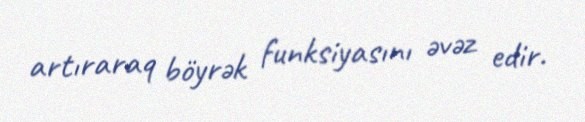
artıraraq böyrək funksiyasını əvəz edir.